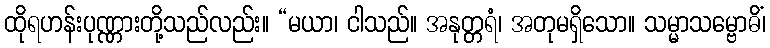
ထိုရဟန်းပုဏ္ဏားတို့သည်လည်း။ “မယာ၊ ငါသည်။ အနုတ္တရံ၊ အတုမရှိသော။ သမ္မာသမ္ဗောဓိံ၊